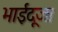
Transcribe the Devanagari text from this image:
भाईदूज।